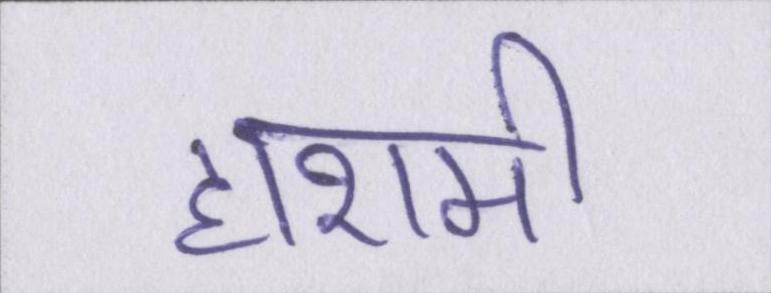
हाशमी